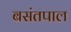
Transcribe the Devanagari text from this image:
बसंतपाल